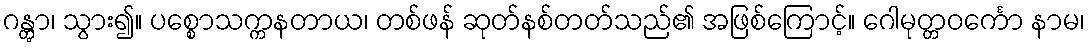
ဂန္တွာ၊ သွား၍။ ပစ္စောသက္ကနတာယ၊ တစ်ဖန် ဆုတ်နစ်တတ်သည်၏ အဖြစ်ကြောင့်။ ဂေါမုတ္တဝင်္ကော နာမ၊